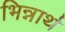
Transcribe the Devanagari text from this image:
भिन्नार्थ